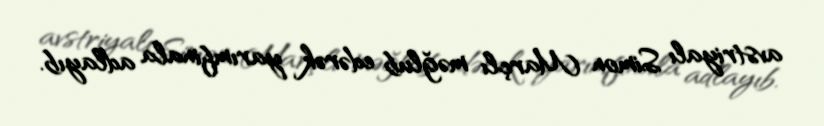
avstriyalı Simon Marçlı məğlub edərək yarımfinala adlayıb.